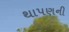
થાપણની